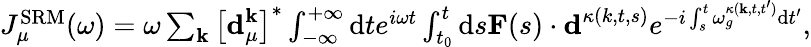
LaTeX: \begin{array}{r}{J_{\mu}^{\mathrm{SRM}}(\omega)=\omega\sum_{\mathbf{k}}\left[\textbf{d}_{\mu}^{\textbf{k}}\right]^{*}\int_{-\infty}^{+\infty}\mathrm{d}te^{i\omega t}\int_{t_{0}}^{t}\mathrm{d}s\textbf{F}(s)\cdot\textbf{d}^{\kappa(k,t,s)}e^{-i\int_{s}^{t}\omega_{g}^{\kappa(\textbf{k},t,t^{\prime})}\mathrm{d}t^{\prime}},}\end{array}